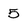
Character: 5